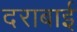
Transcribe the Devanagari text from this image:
दराबाई